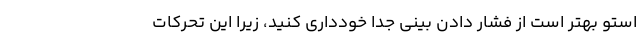
استو بهتر است از فشار دادن بینی جدا خودداری کنید، زیرا این تحرکات